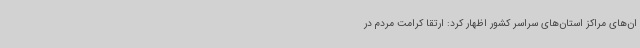
ان‌های مراکز استان‌های سراسر کشور اظهار کرد: ارتقا کرامت مردم در